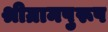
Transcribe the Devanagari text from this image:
श्रीग्रामपुरूष